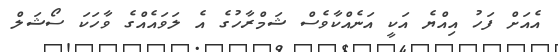
އެއަށް ފަހު އިއްޔެ އަކީ އަނެއްކާވެސް ޝަމްރާހުގެ އެ ލަވައެއްގެ ވާހަކަ ސޯޝަލް